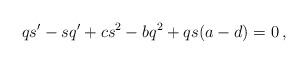
LaTeX: \begin{align*} qs'-sq'+cs^2-bq^2+qs(a-d)=0\,,\end{align*}